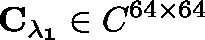
\mathbf { C _ { \lambda _ { 1 } } } \in \mathbb { C } ^ { 6 4 \times 6 4 }